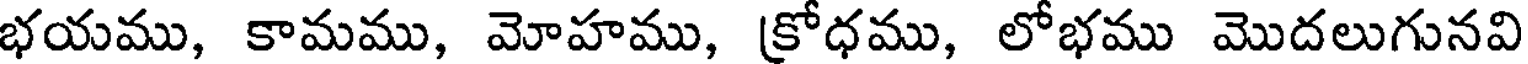
భయము, కామము, మోహము, (కోధము, లోభము మొదలుగునవి